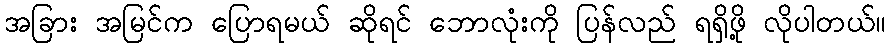
အခြား အမြင်က ပြောရမယ် ဆိုရင် ဘောလုံးကို ပြန်လည် ရရှိဖို့ လိုပါတယ်။